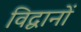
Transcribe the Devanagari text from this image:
विद्वानों